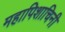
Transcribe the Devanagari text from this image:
महापिशाचिनी